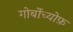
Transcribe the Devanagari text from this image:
गोर्बोच्योफ़